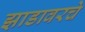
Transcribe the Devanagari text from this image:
झाडावरचे